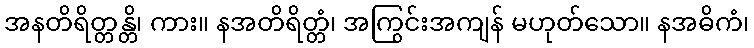
အနတိရိတ္တန္တိ၊ ကား။ နအတိရိတ္တံ၊ အကြွင်းအကျန် မဟုတ်သော။ နအဓိကံ၊